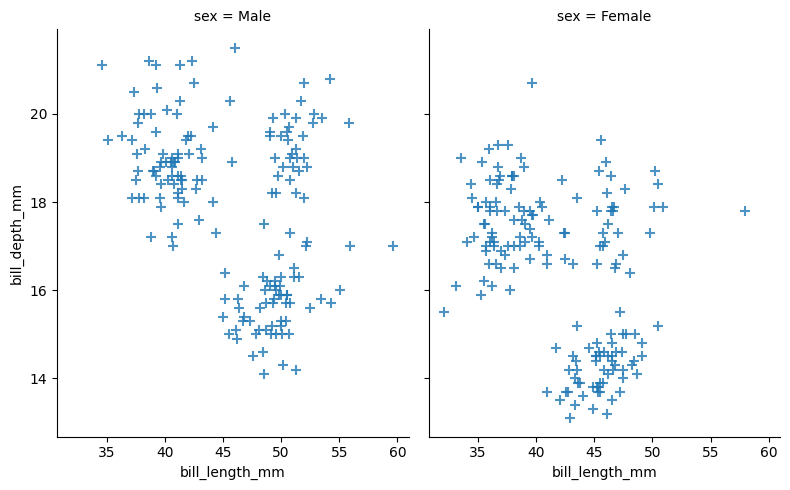
python, seaborn, lmplot, aspect=0.8, order=2, markers='+'